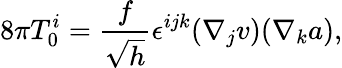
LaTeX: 8\pi T_{0}^{i}=\frac{f}{\sqrt{h}}\epsilon^{ijk}(\nabla_{j}v)(\nabla_{k}a),